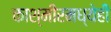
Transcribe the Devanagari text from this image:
काश्मीरमध्येही